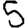
Digit: 5